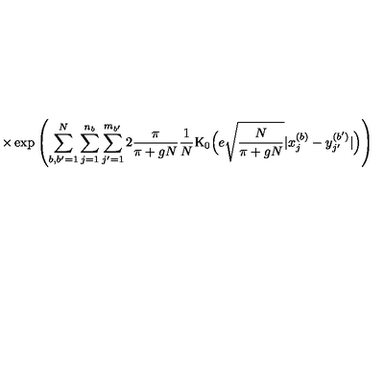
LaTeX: \times \exp \left( \sum _ { b , b ^ { \prime } = 1 } ^ { N } \sum _ { j = 1 } ^ { n _ { b } } \sum _ { j ^ { \prime } = 1 } ^ { m _ { b ^ { \prime } } } 2 \frac { \pi } { \pi + g N } \frac { 1 } { N } \mathrm { K } _ { 0 } \Big ( e \sqrt { \frac { N } { \pi + g N } } | x _ { j } ^ { ( b ) } - y _ { j ^ { \prime } } ^ { ( b ^ { \prime } ) } | \Big ) \right)